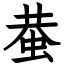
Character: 蛬